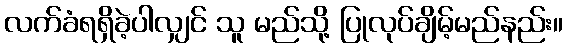
လက်ခံရရှိခဲ့ပါလျှင် သူ မည်သို့ ပြုလုပ်ချိမ့်မည်နည်း။